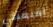
أقنعتني